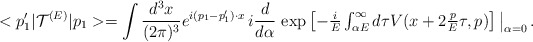
\begin{align*}<p_1'|{\cal T}^{(E)}|p_1> = \int\frac{d^3x}{(2\pi)^3}e^{i(p_1 - p_1') \cdot x} \,i\frac{d}{d\alpha} \, \exp \left[-\textstyle{\frac{i}{E}}\int_{\alpha E}^{\infty}d\tau V(x+2\textstyle{\frac{p}{E}}\tau,p)\right]\big|_{\alpha = 0} \, .\end{align*}